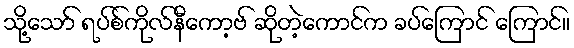
သို့သော် ရပ်စ်ကိုလ်နီကော့ဗ် ဆိုတဲ့ကောင်က ခပ်ကြောင် ကြောင်။